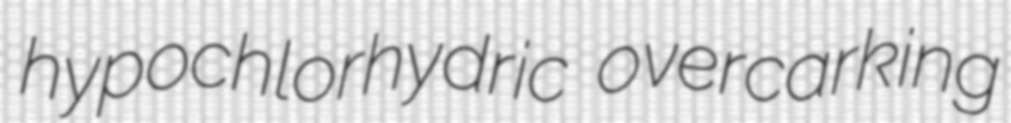
hypochlorhydric overcarking